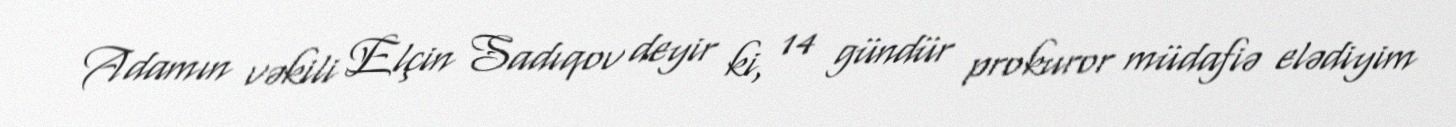
Adamın vəkili Elçin Sadıqov deyir ki, 14 gündür prokuror müdafiə elədiyim